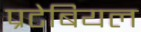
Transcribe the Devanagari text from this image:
प्रटेबियल